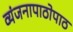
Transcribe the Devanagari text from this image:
व्यंजनापाठोपाठ